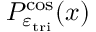
P _ { \varepsilon _ { \mathrm { t r i } } } ^ { \cos } ( x )